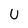
Character: U